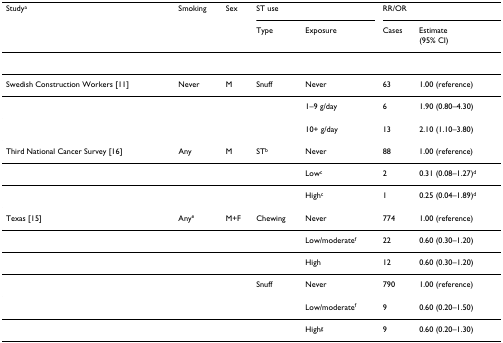
<table><thead><tr><td><b>Study<sup>a</sup></b></td><td><b>Smoking</b></td><td><b>Sex</b></td><td colspan="2"><b>ST use</b></td><td colspan="2"><b>RR/OR</b></td></tr><tr><td></td><td></td><td></td><td><b>Type</b></td><td><b>Exposure</b></td><td><b>Cases</b></td><td><b>Estimate(95% CI)</b></td></tr></thead><tbody><tr><td>Swedish Construction Workers [11]</td><td>Never</td><td>M</td><td>Snuff</td><td>Never</td><td>63</td><td>1.00 (reference)</td></tr><tr><td></td><td></td><td></td><td></td><td>1–9 g/day</td><td>6</td><td>1.90 (0.80–4.30)</td></tr><tr><td></td><td></td><td></td><td></td><td>10+ g/day</td><td>13</td><td>2.10 (1.10–3.80)</td></tr><tr><td>Third National Cancer Survey [16]</td><td>Any</td><td>M</td><td>ST<sup>b</sup></td><td>Never</td><td>88</td><td>1.00 (reference)</td></tr><tr><td></td><td></td><td></td><td></td><td>Low<sup>c</sup></td><td>2</td><td>0.31 (0.08–1.27)<sup>d</sup></td></tr><tr><td></td><td></td><td></td><td></td><td>High<sup>c</sup></td><td>1</td><td>0.25 (0.04–1.89)<sup>d</sup></td></tr><tr><td>Texas [15]</td><td>Any<sup>e</sup></td><td>M+F</td><td>Chewing</td><td>Never</td><td>774</td><td>1.00 (reference)</td></tr><tr><td></td><td></td><td></td><td></td><td>Low/moderate<sup>f</sup></td><td>22</td><td>0.60 (0.30–1.20)</td></tr><tr><td></td><td></td><td></td><td></td><td>High</td><td>12</td><td>0.60 (0.30–1.20)</td></tr><tr><td></td><td></td><td></td><td>Snuff</td><td>Never</td><td>790</td><td>1.00 (reference)</td></tr><tr><td></td><td></td><td></td><td></td><td>Low/moderate<sup>f</sup></td><td>9</td><td>0.60 (0.20–1.50)</td></tr><tr><td></td><td></td><td></td><td></td><td>High<sup>g</sup></td><td>9</td><td>0.60 (0.20–1.30)</td></tr></tbody></table>